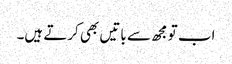
اب تو مجھ سے باتیں بھی کرتے ہیں۔